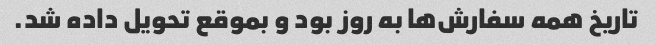
تاریخ همه سفارش‌ها به روز بود و بموقع تحویل داده شد.